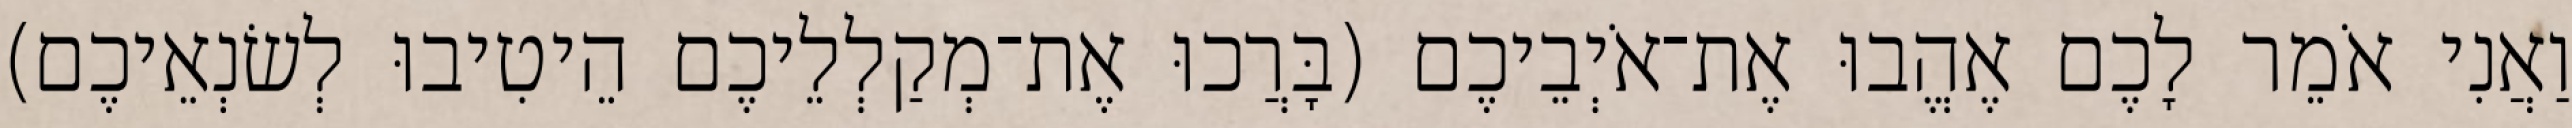
וַאֲנִי אֹמֵר לָכֶם אֶהֱבוּ אֶת־אֹיְבֵיכֶם (בָּרֲכוּ אֶת־מְקַלְלֵיכֶם הֵיטִיבוּ לְשׂנְאֵיכֶם)